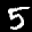
Label: 5